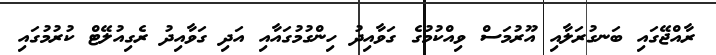
ރާއްޖޭގައި ބަނގުރަލާއި އޫރުމަސް ވިއްކުމުގެ ގަވާއިދު ހިންގުމުގައާއި އަދި ގަވާއިދު ރެގިއުލޭޓް ކުރުމުގައި